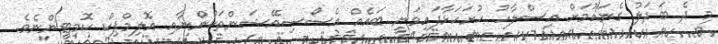
މި ދެ ބަދަލު ގެނައުމަށް އިސްލާހު ހުށަހަޅާފައިވަނީ ބައެއް އެސޯސިއޭޝަންތަކުންނާއި އޮލިމްޕިކް ކޮމިޓީންނެވެ.